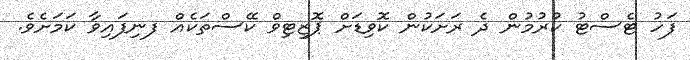
ފަހު ޓެސްޓު ކުރުމުން ދެ ރަށަކުން ކޮވިޑަށް ޕޮޒިޓިވް ކޭސްތަކެއް ފނިފައިވާ ކަމަށެވެ.